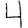
Digit: 4